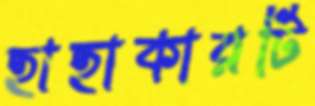
হাহাকারটি